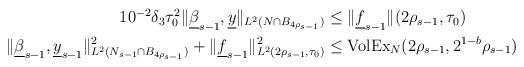
LaTeX: \begin{align*}\begin{aligned}10^{-2}\delta_3\tau_0^2 \|\underline{\beta}_{s-1},\underline{y}\|_{L^{2}(N\cap B_{4\rho_{s-1}})}&\leq \|\underline{f}_{s-1}\|(2\rho_{s-1}, \tau_0)\\ \|\underline{\beta}_{s-1}, \underline{y}_{s-1}\|^2_{L^{2}(N_{s-1}\cap B_{4\rho_{s-1}})} + \|\underline{f}_{s-1}\|^2_{L^{2}(2\rho_{s-1}, \tau_0)} &\leq {\rm VolEx}_{N}(2\rho_{s-1},2^{1-b}\rho_{s-1})\end{aligned}\end{align*}